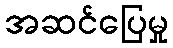
အဆင်ပြေမှု